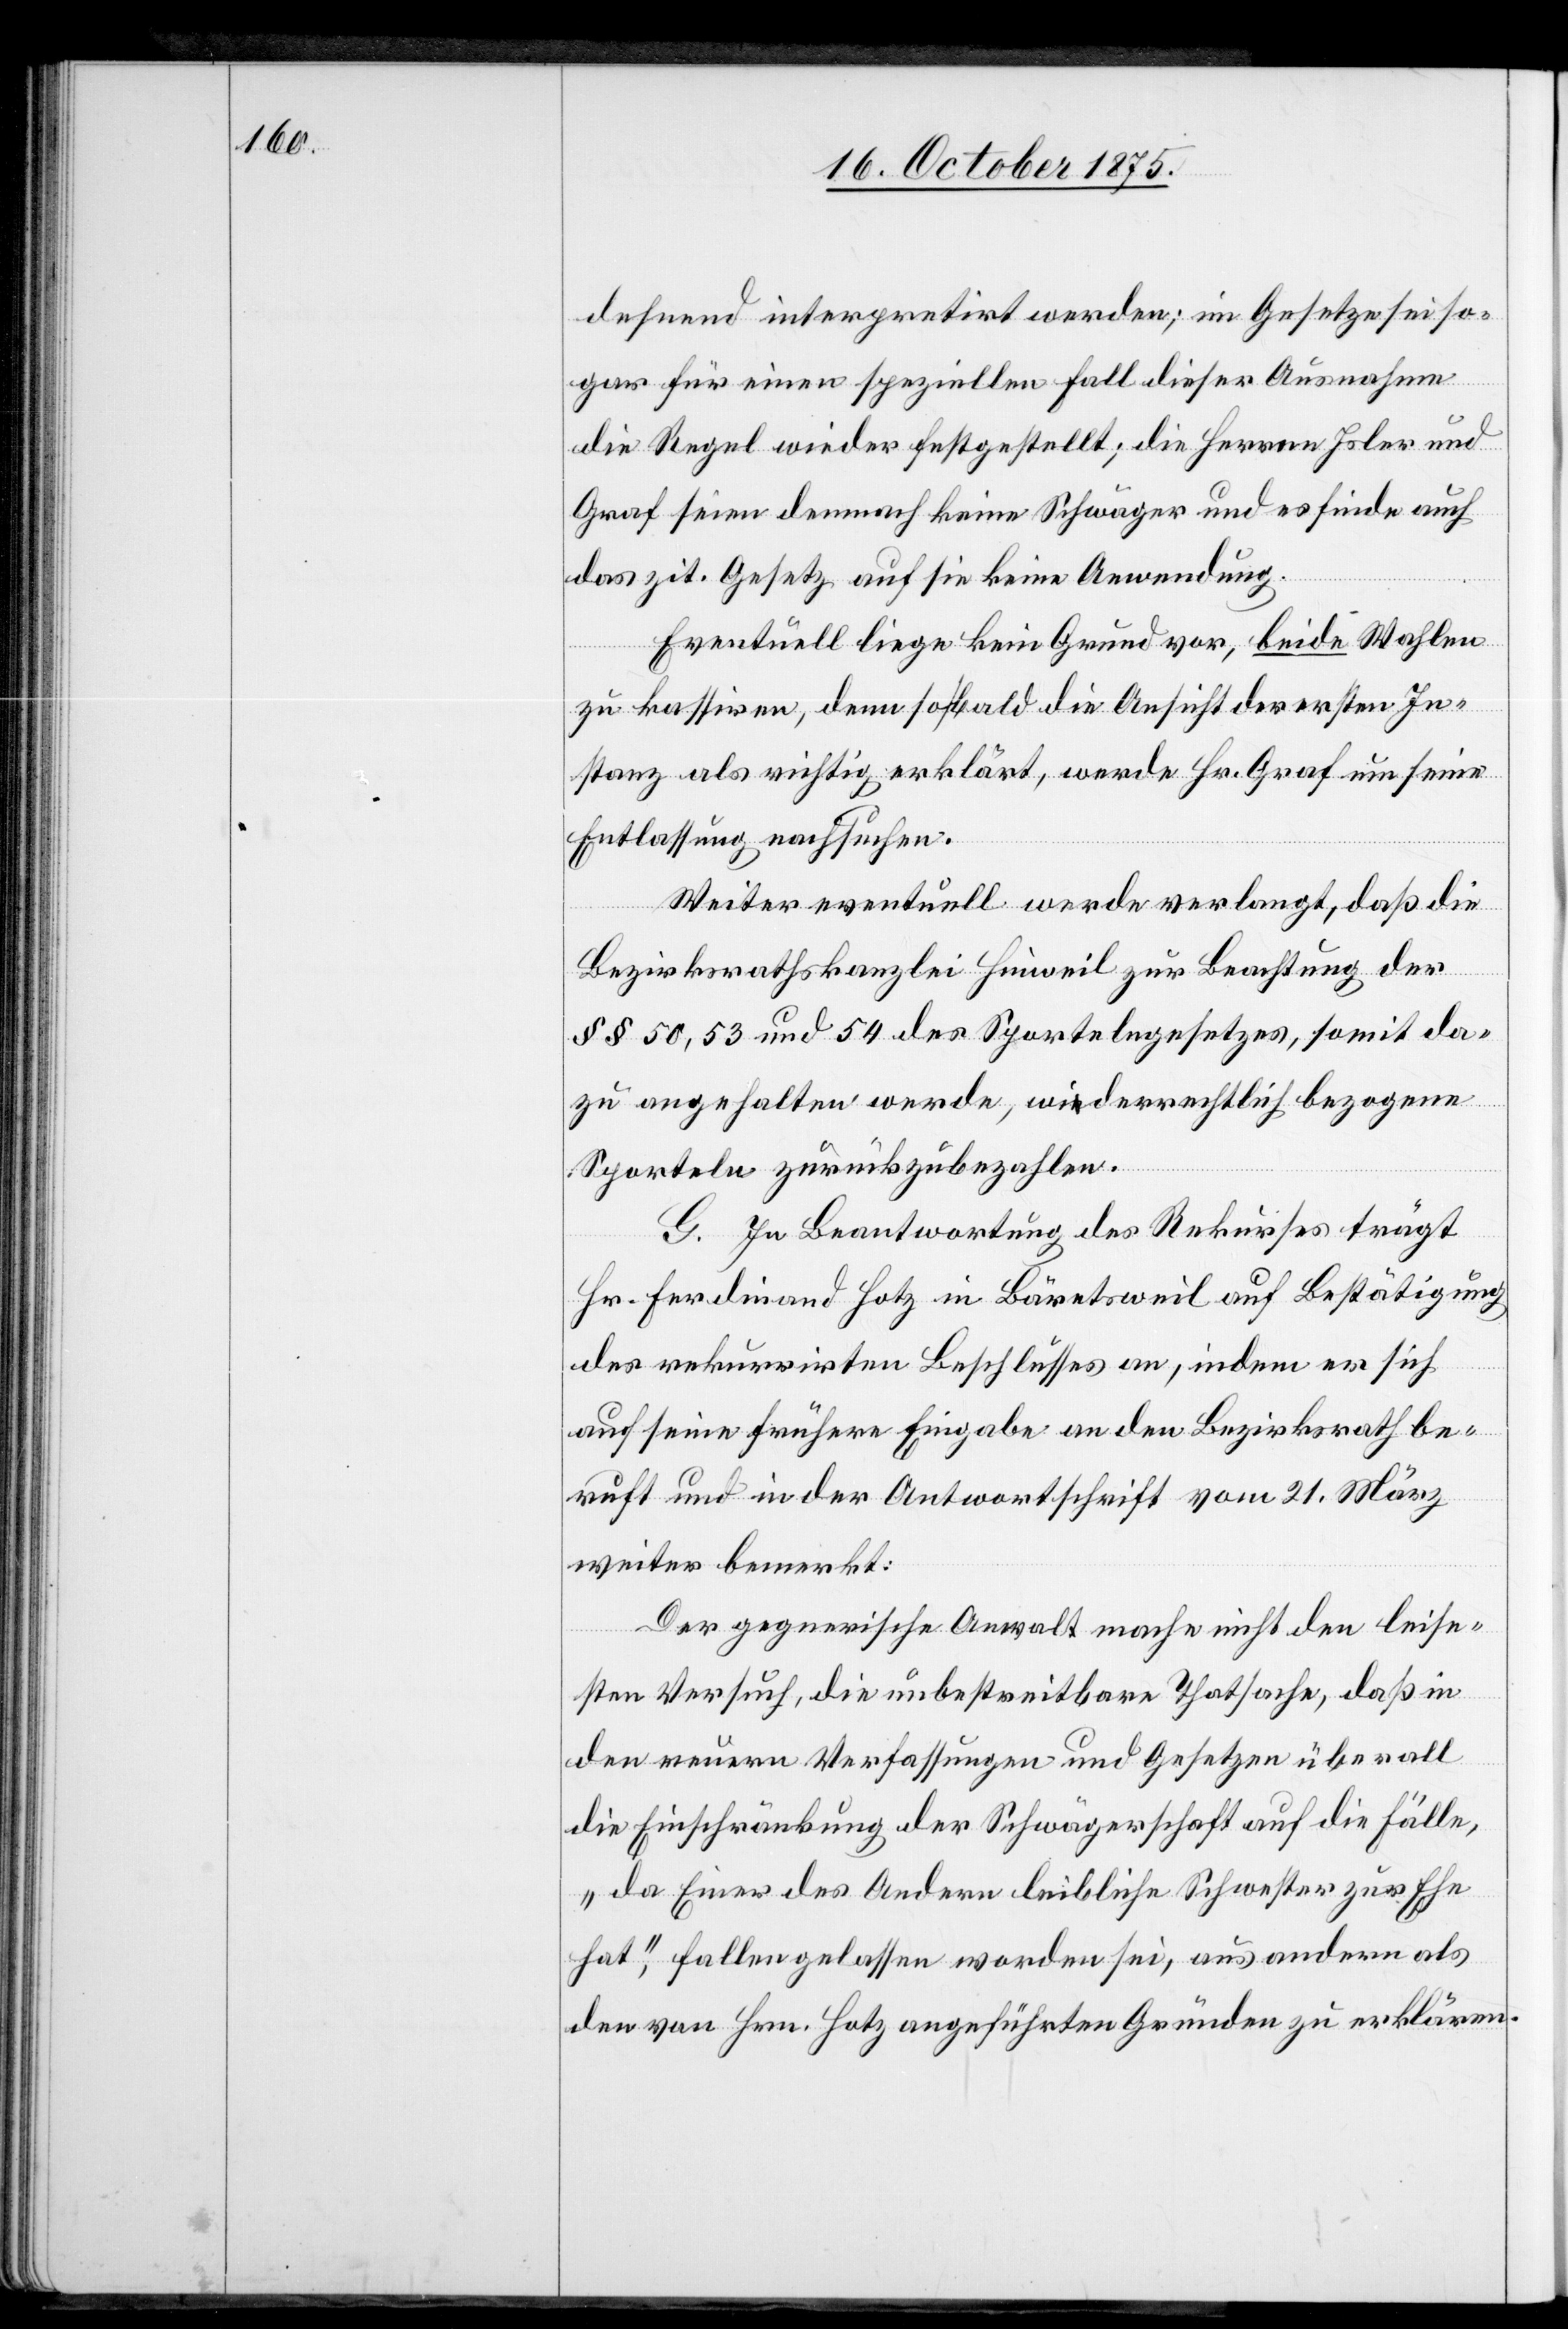
dehnend interpretirt werden; im Gesetze sei so¬
gar für einen speziellen Fall dieser Ausnahme
die Regel wieder festgestellt; die Herren Isler und
Graf seien demnach keine Schwäger und es finde auch
das zit. Gesetz auf sie keine Anwendung.
Eventuell liege kein Grund vor, beide Wahlen
zu kassiren, denn sobald die Ansicht der ersten In¬
stanz als richtig erklärt, werde Hr. Graf um seine
Entlassung nachsuchen.
Weiter eventuell werde verlangt, daß die
Bezirksrathskanzlei Hinweil zur Beachtung der
§§ 50, 53 und 54 des Sportelngesetzes, somit da¬
zu angehalten werde, widerrechtlich bezogene
Sporteln zurückzubezahlen.
G. In Beantwortung des Rekurses trägt
Hr. Ferdinand Hotz in Bäretsweil auf Bestätigung
des rekurrirten Beschlusses an, indem er sich
auf seine frühere Eingabe an den Bezirksrath be¬
ruft und in der Antwortschrift vom 21. März
weiter bemerkt:
Der gegnerische Anwalt mache nicht den leise¬
sten Versuch, die unbestreitbare Thatsache, daß in
den neuern Verfassungen und Gesetzen überall
die Einschränkung der Schwägerschaft auf die Fälle,
„da Einer des Andern leibliche Schwester zur Ehe
hat“, fallen gelassen worden sei, aus andern als
den von Hrn. Hotz angeführten Gründen zu erklären.